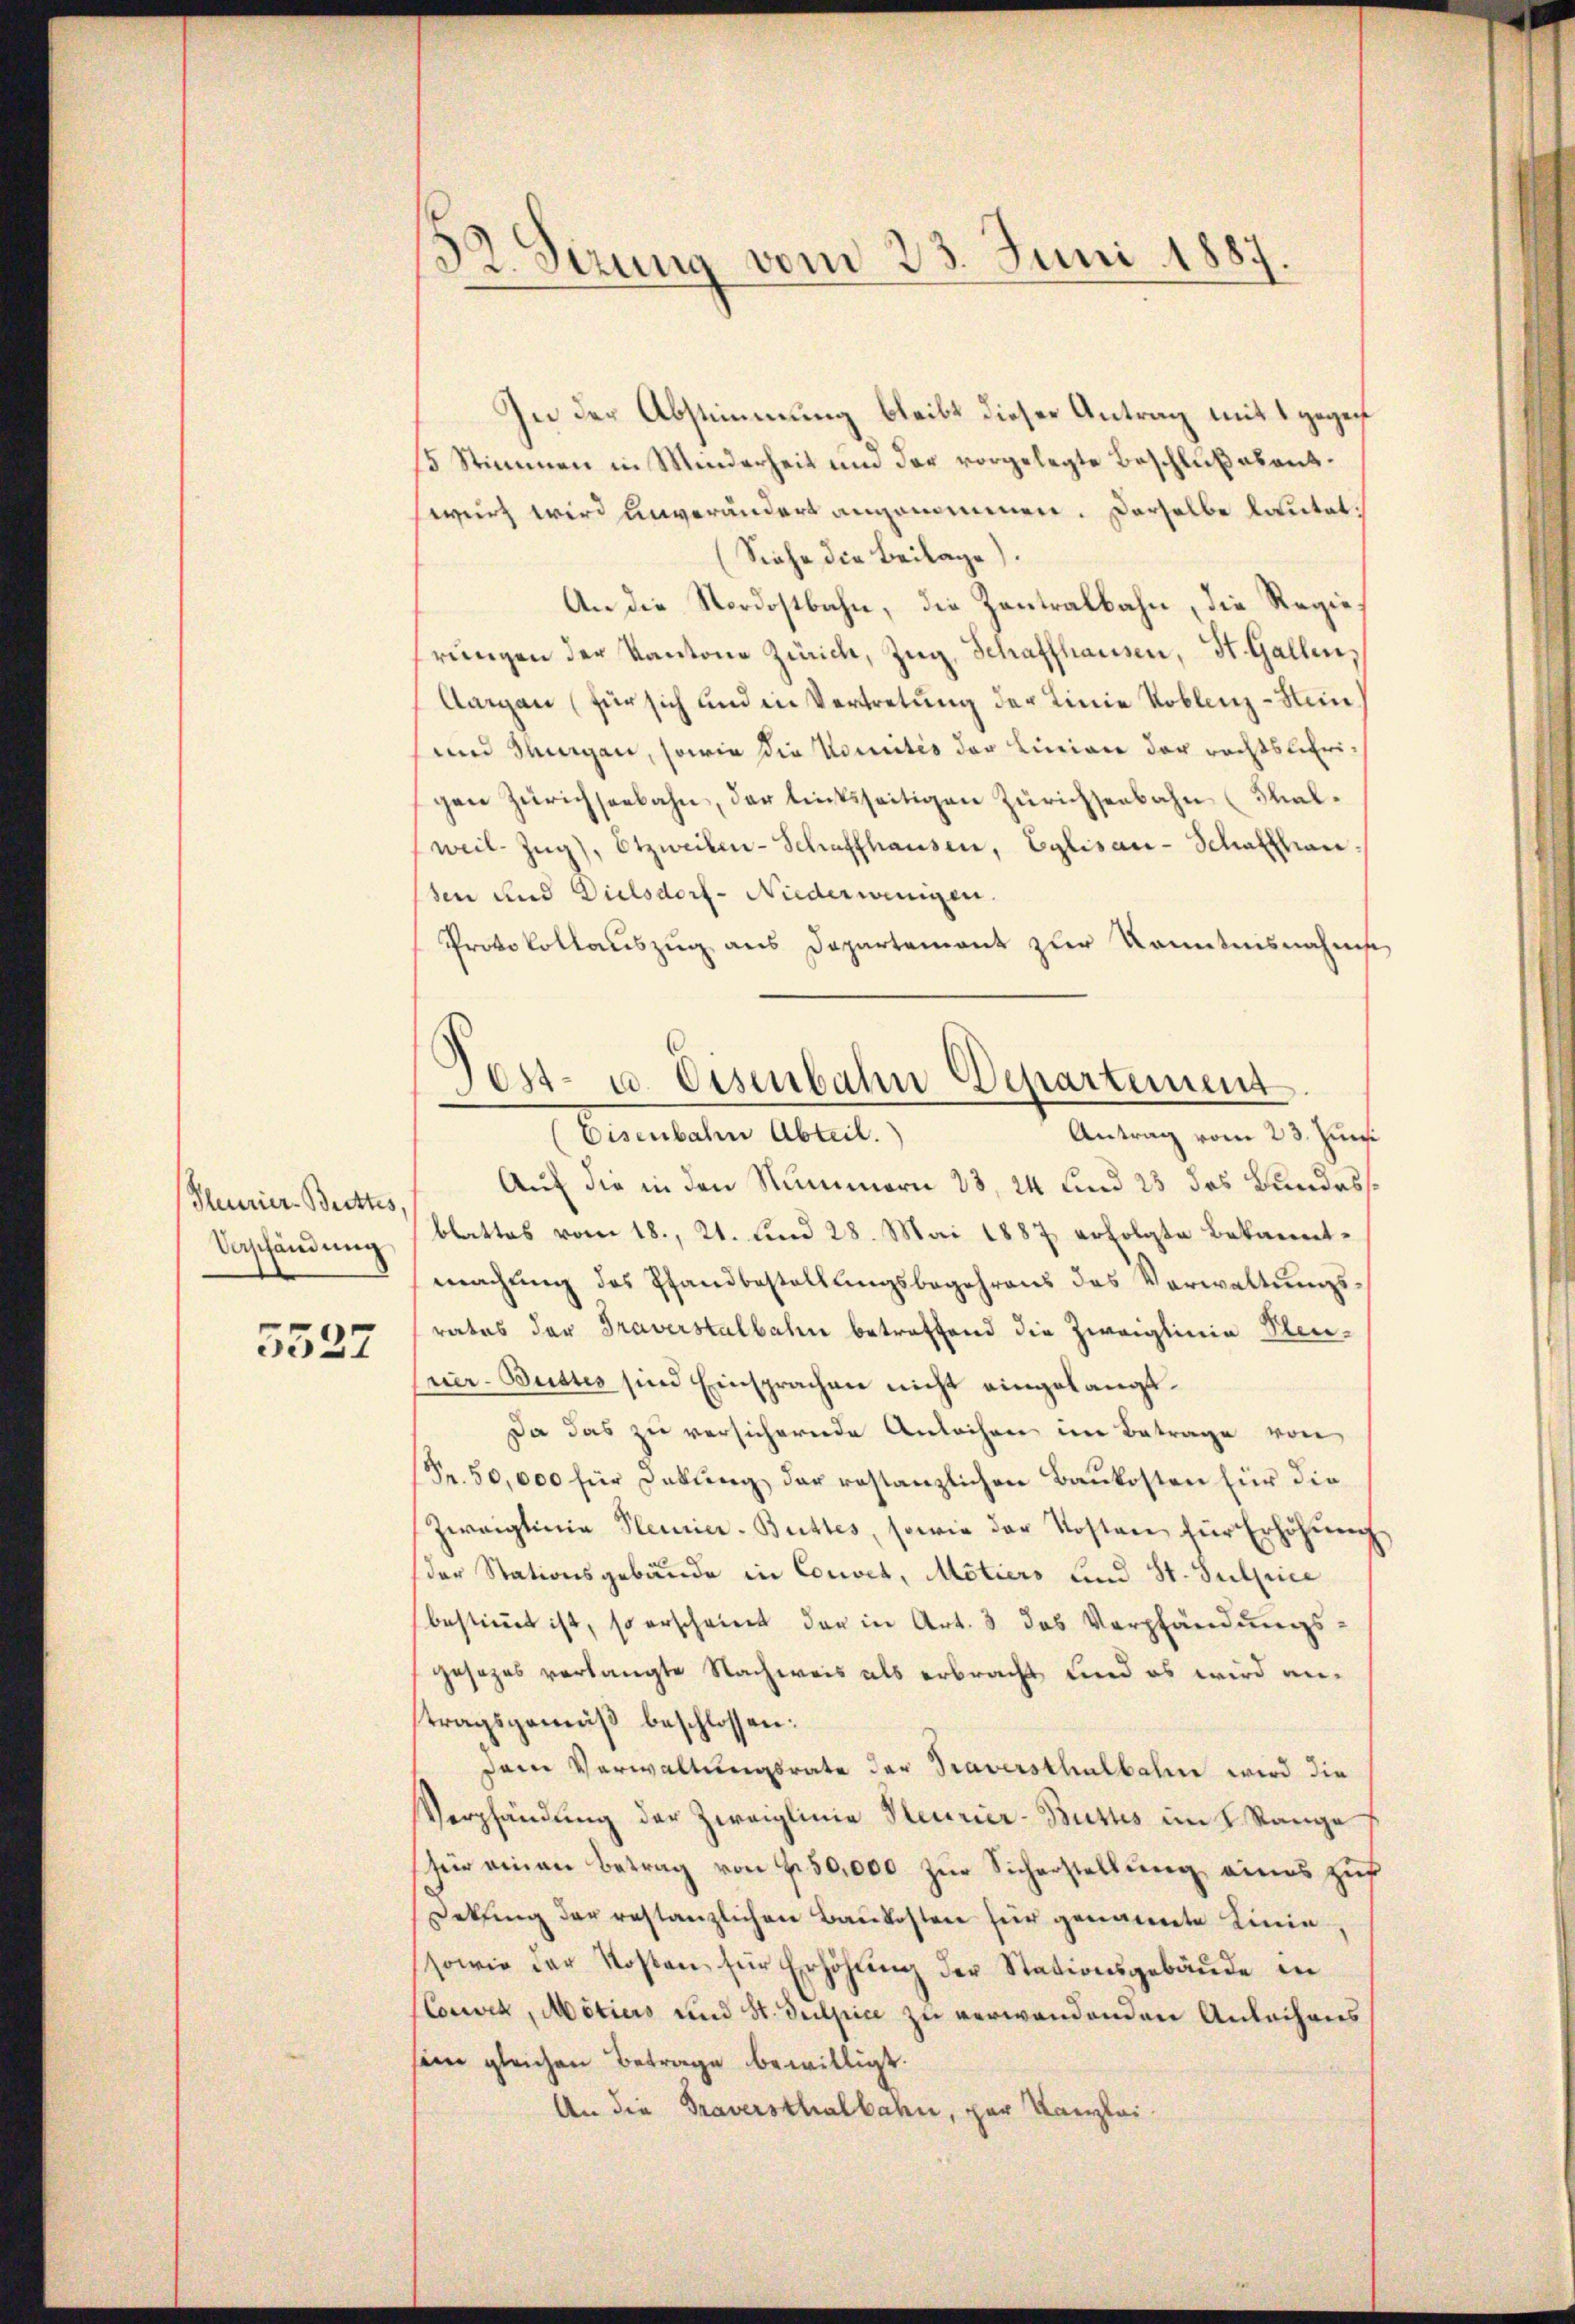
Meurier-Brettes,
Vorschändung

5527

32. Sezung vom 23. Juni 1887.

In der Abstimmung bleibt dieser Antrag mit 1 gegen
15 Stimmen in Minderheit und der vorgelegte Beschluß abantwert wird unverändert angenommen. Derselbe lautet:
(Siehe die Beilage).
An die Nordostbahn, die Zentralbahn, die Regierŭngen der Kantone Zürich, Zug, Schaffhausen, St. Gallen,
Aargau (für sich und in Vertretung der Linie Koblenz-Stein
und Winigen, sowie die Komités der Linien der rechtslehrigen Zürichseebahn, der linksseitigen Zürichsenbahn (Thal¬
(weil-Zŭg), Etzweiten-Schaffhausen, Eglisau - Schatzhan
sen und Dielsdorf-Niederwenigen.
Protokollaŭszŭg ans Departement zur Kenntnisnahmse
Auf die in den Nummern 13, 24 und 23 des Bundesblattes vom 18., 21. Sind 28. Mai 1887 erfolgte Bekanntmachung des Pfandbestellungsbegehrens des Verwaltungsrates der Traverstalbahn betreffend die Zweiglinie Steu¬
Eier-Bustes sind Einsprachen nicht eingelangt.
Da das zu versichernde Anleihen im Betrage von
Fr. 50,000 für Dekŭng der restanzlichen Baukosten für die
Zwaigtinie Plenrier-Buttes, sowie der Kosten für Erhöhŭng
der Stationsgebäude in Couvet, Motiers und St. Sulpice
bestimmt ist, so erscheint der in Art. 3 das Verpfändungs-
gesezes verlangte Nachweis als erbracht, und es wird antragsgemäß beschlossen:
Dem Verwaltungsrate der Traversthalbahn wird die
Verpfändung der Zweiglinie Steurier-Buttes im K. Range
für einen Betrag von 750,000 zŭr Sicherstellŭng eines zuf
Dekŭng der restanzlichen Baukosten für genannte Linie,
sowie der Kosten für Erhöhŭng der Stationsgebäŭde in
(Convik, Motiers und St. Julpice zu verwandenden Anleihens
sein gleichen Betrage bewilligt.
An die Traversthalbahn, par Kanzlei.

Post- u. Eisenbahn Departement
Antrag vom 23. Juni
(Eisenbahn Abteil.